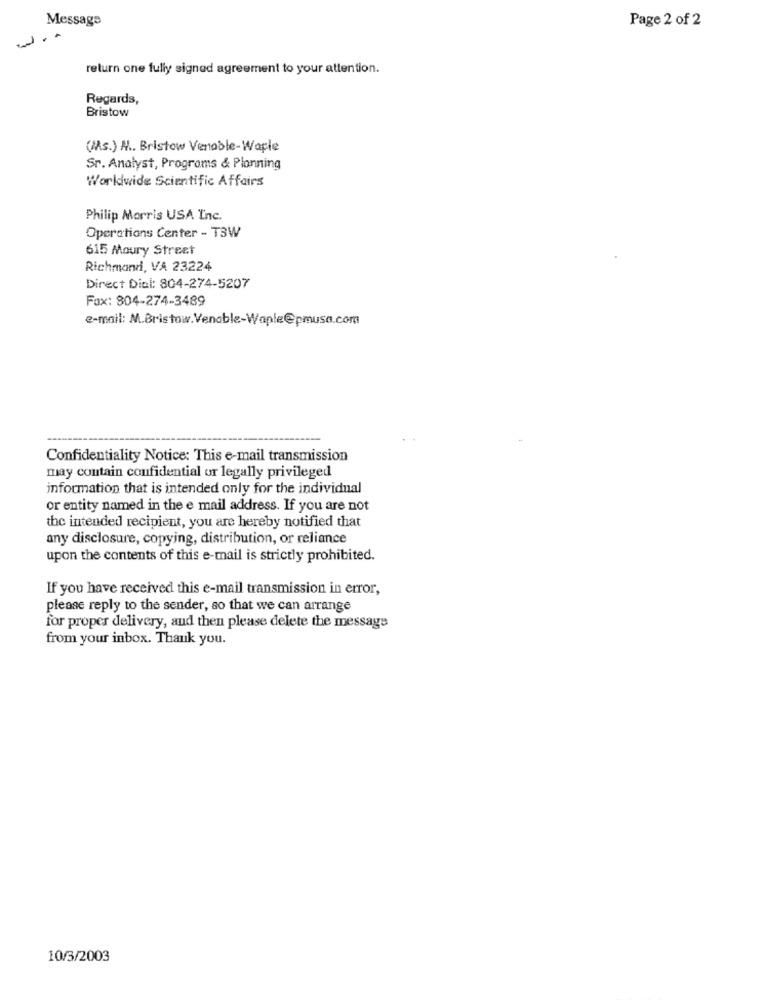
Message
Page 2 of 2
return one fully signed agreement to your attention.
Regards,
Bristow
(MAs.) A .. Bristow Venable-Waple
Sr. Analyst, Programs & Planning
Worldwide Scientific Affairs
Philip Morris USA Inc.
Operations Center - TBW
615 Moury Street
Richmond, VA 23224
Direct Dial: 804-274-5207
Fax: 804-274-3489
e-mail: M.Bristow.Venable-Waple@pmusa.com
Confidentiality Notice: This e-mail transmission
may contain confidential or legally privileged
information that is intended only for the individual
or entity named in the e mail address. If you are not
the intended recipient, you are hereby notified that
any disclosure, copying, distribution, or reliance
upon the contents of this e-mail is strictly prohibited.
If you have received this e-mail transmission in error,
please reply to the sender, so that we can arrange
for proper delivery, and then please delete the message
from your inbox. Thank you.
10/3/2003